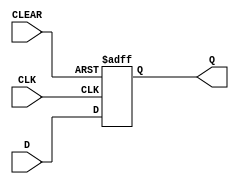
`ifdef verilator3
`else
`timescale 1 ps / 1 ps
`endif
//
// DFFNC primitive for Gowin FPGAs
// Compatible with Verilator tool (www.veripool.org)
// Copyright (c) 2022 Frdric REQUIN
// License : BSD
//

module DFFNC
#(
    parameter INIT = 1'b0
)
(
    input  CLEAR,
    input  CLK,
    input  D,
    output Q
);

    reg _r_Q;

    initial begin
        _r_Q = INIT;
    end

    always @(posedge CLEAR or negedge CLK) begin
    
        if (CLEAR) begin
            _r_Q <= 1'b0;
        end
        else begin
            _r_Q <= D;
        end
    end

    assign Q = _r_Q;

endmodule